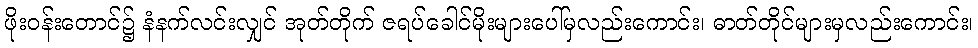
ဖိုးဝန်းတောင်၌ နံနက်လင်းလျှင် အုတ်တိုက် ဇရပ်ခေါင်မိုးများပေါ်မှလည်းကောင်း၊ ဓာတ်တိုင်များမှလည်းကောင်း၊